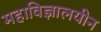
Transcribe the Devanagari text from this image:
महाविज्ञालयीन